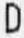
D